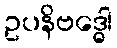
ဥပနိဗဒ္ဓေါ